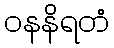
ဝနနိရတံ